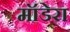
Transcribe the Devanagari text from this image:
मॉडेरा